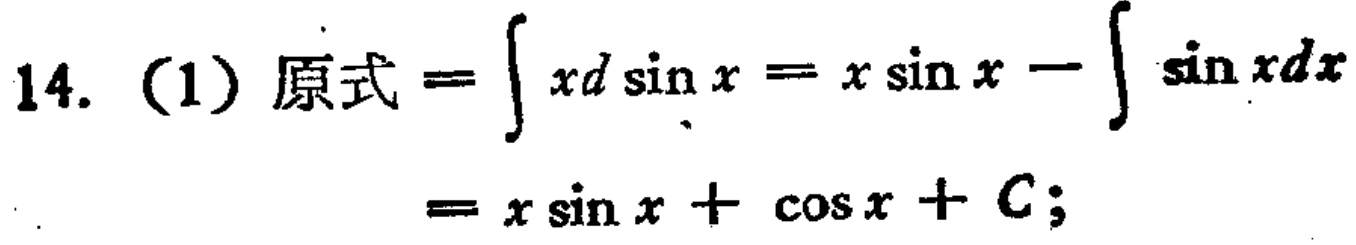
14. (1) 原式 \(=\int xd\sin x = x\sin x - \int \sin xdx\)
\(= x\sin x + \cos x + C;\)